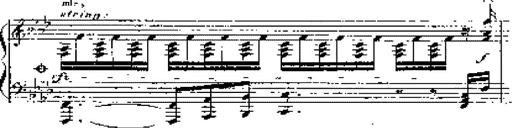
Title: 12 Lieder von Franz Schubert
Composer: Franz Liszt